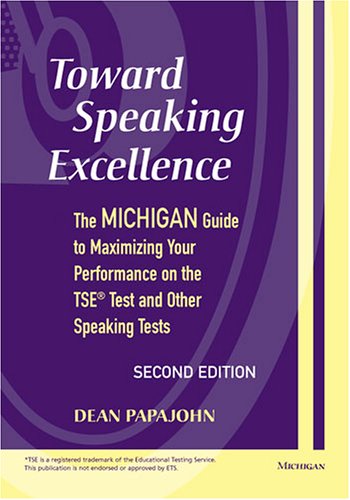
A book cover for Toward Speaking Excellence, Second Edition: The Michigan Guide to Maximizing Your Performance on the TSE(R) Test and Other Speaking Tests; Dean Steven Papajohn; Test Preparation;